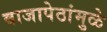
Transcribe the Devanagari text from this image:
बाजापेठांमुळे